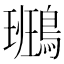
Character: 𪄕